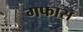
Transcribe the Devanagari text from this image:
गफास